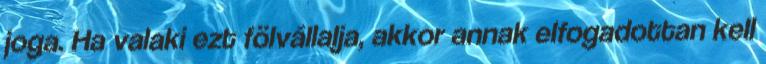
joga. Ha valaki ezt fölvállalja, akkor annak elfogadottan kell